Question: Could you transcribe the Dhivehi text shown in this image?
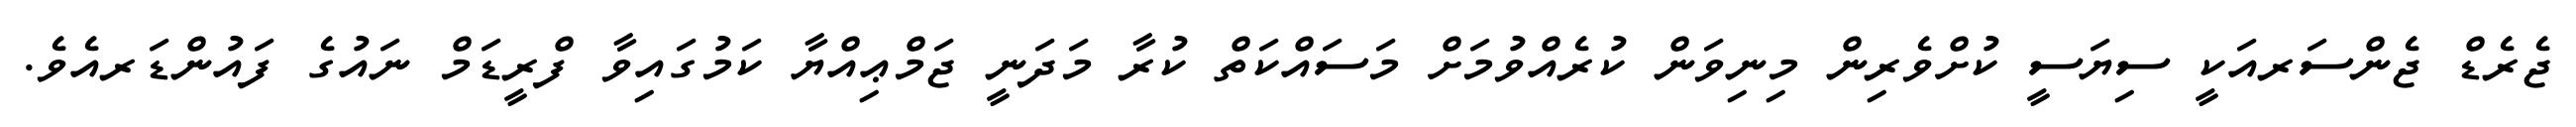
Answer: ޖެރެޑް ޖެންސަރއަކީ ސިޔަސީ ކުށްވެރިން މިނިވަން ކުރެއްވުމަށް މަސައްކަތް ކުރާ މަދަނީ ޖަމްޢިއްޔާ ކަމުގައިވާ ފްރީޑަމް ނައުގެ ފައުންޑަރއެވެ.